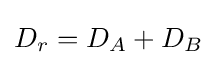
D_{r}=D_{A}+D_{B}